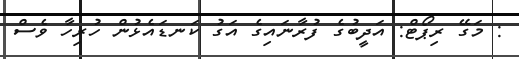
: މަގޭ ރިޕޯޓް: އަދީީބުގެ ފުރާނައިގެ އަގު ކަނޑައެޅުން ހުރިހާ ވެސް